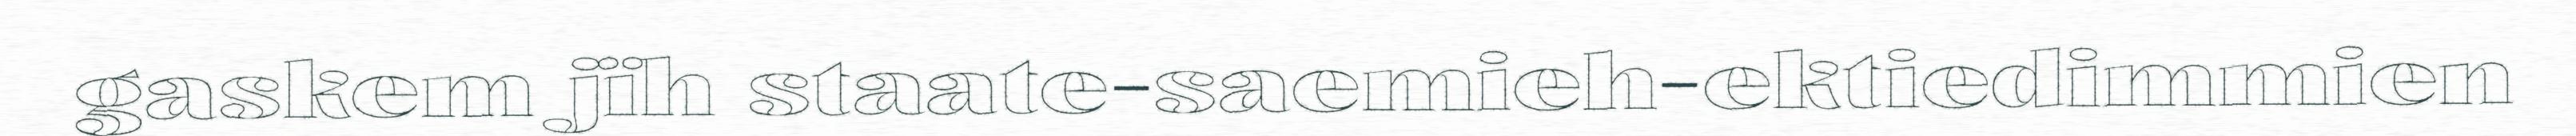
gaskem jïh staate-saemieh-ektiedimmien